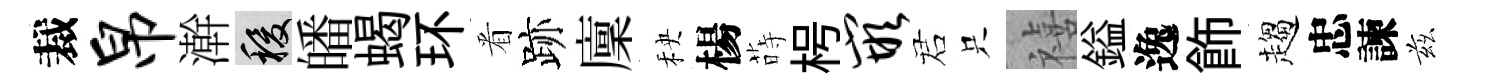
裁帛澣稷皤蝎环㸔跡廩秧楊蒔枵嵌诺只禧鎰逸飾趨忠諫兹